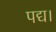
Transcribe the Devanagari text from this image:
पद्य।